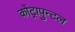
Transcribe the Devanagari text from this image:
कोंट्रापुन्टल